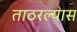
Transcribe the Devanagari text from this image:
ताठरल्यास